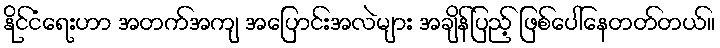
နိုင်ငံရေးဟာ အတက်အကျ အပြောင်းအလဲများ အချိန်ပြည့် ဖြစ်ပေါ်နေတတ်တယ်။